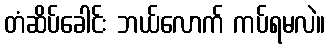
တံဆိပ်ခေါင်း ဘယ်လောက် ကပ်ရမလဲ။